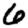
Digit: 6